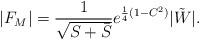
\begin{align*}|F_M| = \frac{1}{\sqrt{S + \bar S}} e^{\frac{1}{4}(1-C^2)}|\tilde W|.\end{align*}